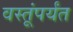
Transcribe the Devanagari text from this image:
वस्तूंपर्यंत